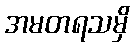
အမတရသမှိ